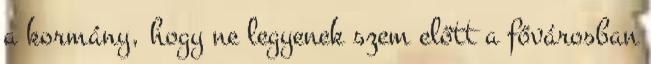
a kormány, hogy ne legyenek szem előtt a fővárosban